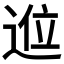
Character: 𲅛